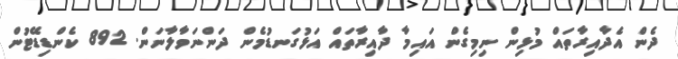
ދެން އެދާއިރާތައް މުޅިން ނިމިގެން އައިމާ ދާއިރާތައް އަޅުގަނޑުމެން ދަންނަވާލާނަން. 892 ކެންޑިޑޭޓުން